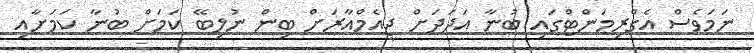
ނަމަވެސް އެގްރިމަންޓްގައި ބުނާ އަދަދަށް ޖީއެމްއާރަށް ބިން ނުލިބޭ ކަމަށް ބުނާ ކަމަށާއި